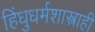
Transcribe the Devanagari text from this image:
हिंधुधर्मशास्त्राही